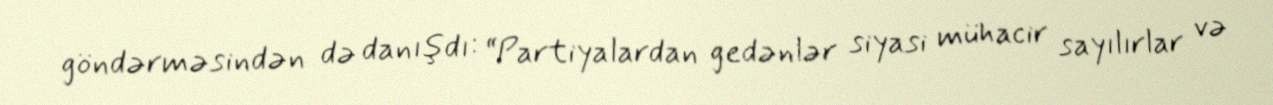
göndərməsindən də danışdı: “Partiyalardan gedənlər siyasi mühacir sayılırlar və